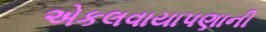
એકલવાયાપણાની